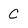
Character: C